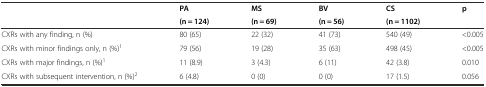
<table><thead><tr><td></td><td><b>PA</b></td><td><b>MS</b></td><td><b>BV</b></td><td><b>CS</b></td><td><b>p</b></td></tr><tr><td></td><td><b>(n = 124)</b></td><td><b>(n = 69)</b></td><td><b>(n = 56)</b></td><td><b>(n = 1102)</b></td><td></td></tr></thead><tbody><tr><td>CXRs with any finding, n (%)</td><td>80 (65)</td><td>22 (32)</td><td>41 (73)</td><td>540 (49)</td><td>&lt;0.005</td></tr><tr><td>CXRs with minor findings only, n (%)<sup>1</sup></td><td>79 (56)</td><td>19 (28)</td><td>35 (63)</td><td>498 (45)</td><td>&lt;0.005</td></tr><tr><td>CXRs with major findings, n (%)<sup>1</sup></td><td>11 (8.9)</td><td>3 (4.3)</td><td>6 (11)</td><td>42 (3.8)</td><td>0.010</td></tr><tr><td>CXRs with subsequent intervention, n (%)<sup>2</sup></td><td>6 (4.8)</td><td>0 (0)</td><td>0 (0)</td><td>17 (1.5)</td><td>0.056</td></tr></tbody></table>